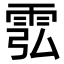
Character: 䨎